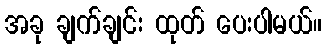
အခု ချက်ချင်း ထုတ် ပေးပါမယ်။